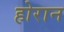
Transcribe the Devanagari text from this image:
होरान